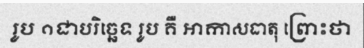
រូប ១ជាបរិច្ឆេទ រូប គឺ ឤកាសធាតុ ព្រោះថា